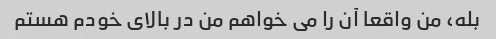
بله، من واقعا آن را می خواهم من در بالای خودم هستم